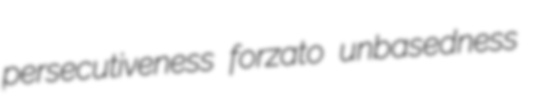
persecutiveness forzato unbasedness